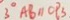
3 ^ { \circ } A B / / O P _ { 3 }